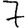
Digit: 7